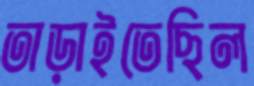
তাড়াইতেছিল